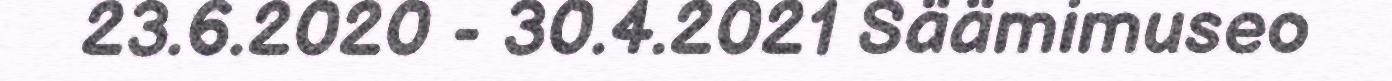
23.6.2020 - 30.4.2021 Säämimuseo